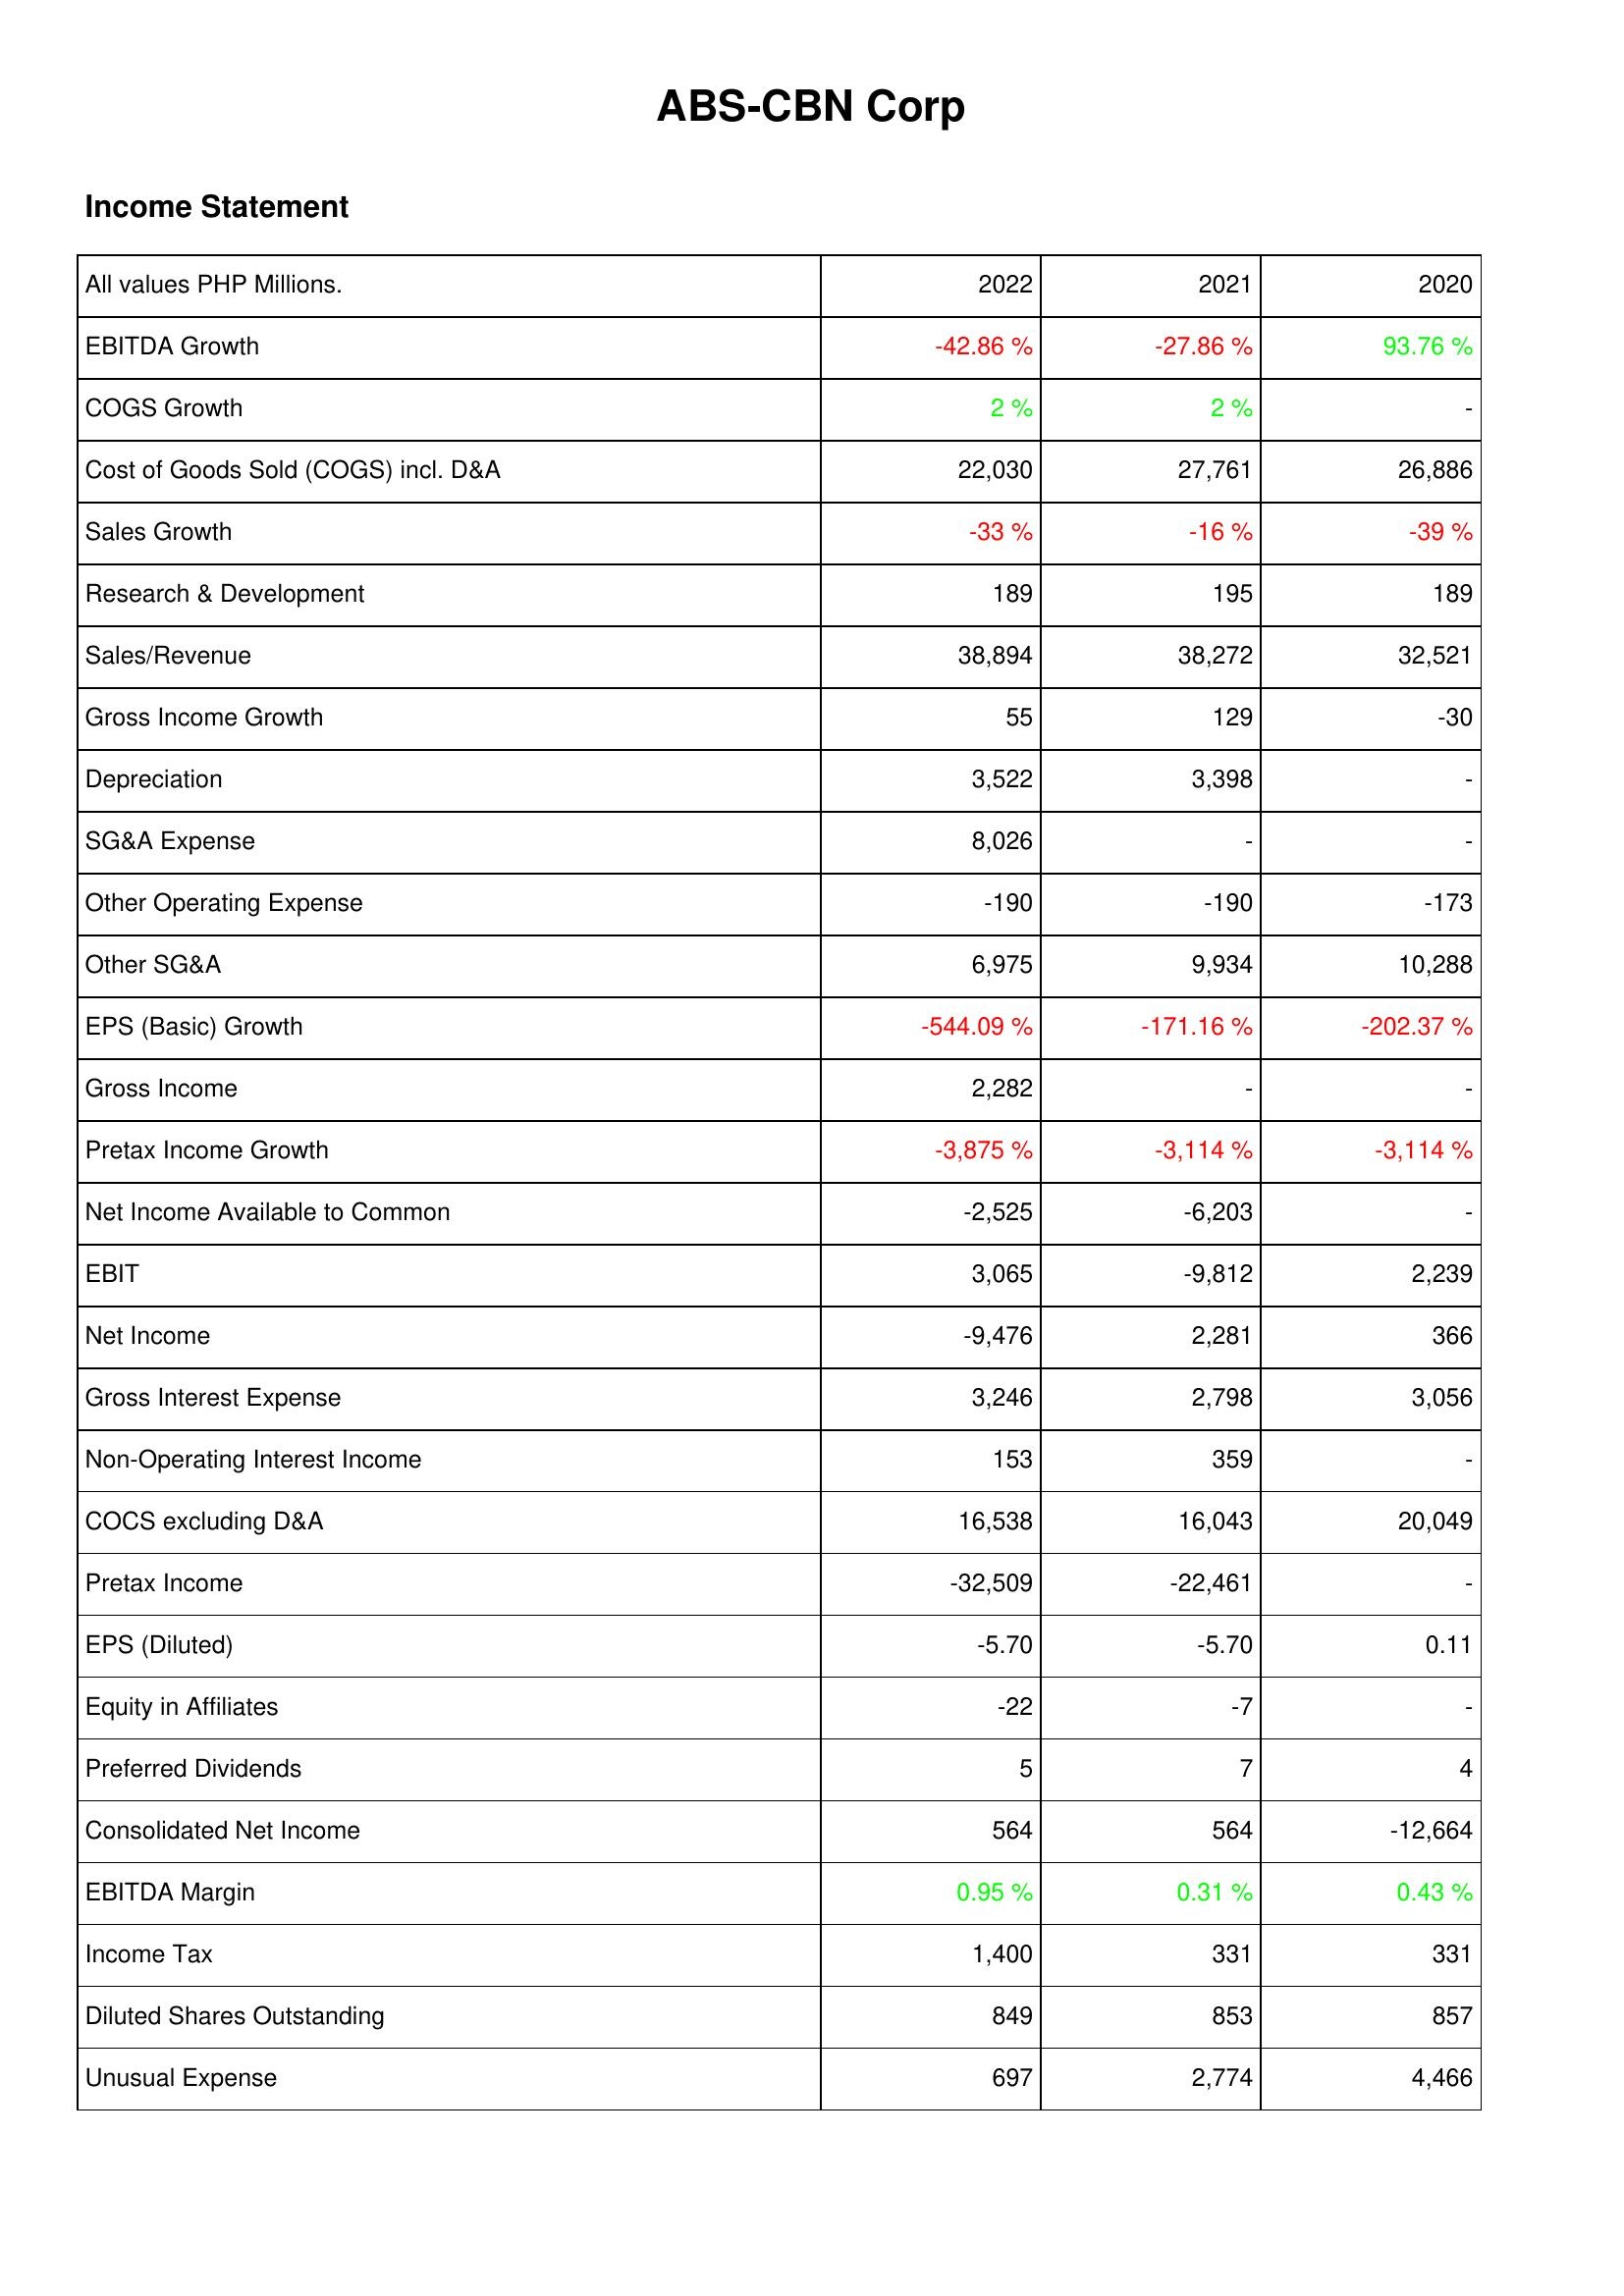
2022: Income Statement: EBITDA Growth: -42.86 %
COGS Growth: 2 %
Cost of Goods Sold (COGS) incl. D&A: 22,030
Sales Growth: -33 %
Research & Development: 189
Sales/Revenue: 38,894
Gross Income Growth: 55
Depreciation: 3,522
SG&A Expense: 8,026
Other Operating Expense: -190
Other SG&A: 6,975
EPS (Basic) Growth: -544.09 %
Gross Income: 2,282
Pretax Income Growth: -3,875 %
Net Income Available to Common: -2,525
EBIT: 3,065
Net Income: -9,476
Gross Interest Expense: 3,246
Non-Operating Interest Income: 153
COCS excluding D&A: 16,538
Pretax Income: -32,509
EPS (Diluted): -5.70
Equity in Affiliates: -22
Preferred Dividends: 5
Consolidated Net Income: 564
EBITDA Margin: 0.95 %
Income Tax: 1,400
Diluted Shares Outstanding: 849
Unusual Expense: 697
2021: Income Statement: EBITDA Growth: -27.86 %
COGS Growth: 2 %
Cost of Goods Sold (COGS) incl. D&A: 27,761
Sales Growth: -16 %
Research & Development: 195
Sales/Revenue: 38,272
Gross Income Growth: 129
Depreciation: 3,398
SG&A Expense: -
Other Operating Expense: -190
Other SG&A: 9,934
EPS (Basic) Growth: -171.16 %
Gross Income: -
Pretax Income Growth: -3,114 %
Net Income Available to Common: -6,203
EBIT: -9,812
Net Income: 2,281
Gross Interest Expense: 2,798
Non-Operating Interest Income: 359
COCS excluding D&A: 16,043
Pretax Income: -22,461
EPS (Diluted): -5.70
Equity in Affiliates: -7
Preferred Dividends: 7
Consolidated Net Income: 564
EBITDA Margin: 0.31 %
Income Tax: 331
Diluted Shares Outstanding: 853
Unusual Expense: 2,774
2020: Income Statement: EBITDA Growth: 93.76 %
COGS Growth: -
Cost of Goods Sold (COGS) incl. D&A: 26,886
Sales Growth: -39 %
Research & Development: 189
Sales/Revenue: 32,521
Gross Income Growth: -30
Depreciation: -
SG&A Expense: -
Other Operating Expense: -173
Other SG&A: 10,288
EPS (Basic) Growth: -202.37 %
Gross Income: -
Pretax Income Growth: -3,114 %
Net Income Available to Common: -
EBIT: 2,239
Net Income: 366
Gross Interest Expense: 3,056
Non-Operating Interest Income: -
COCS excluding D&A: 20,049
Pretax Income: -
EPS (Diluted): 0.11
Equity in Affiliates: -
Preferred Dividends: 4
Consolidated Net Income: -12,664
EBITDA Margin: 0.43 %
Income Tax: 331
Diluted Shares Outstanding: 857
Unusual Expense: 4,466